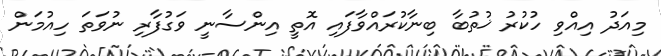
މިއަދު އިއްވި ހުކުރު ޚުތުބާ ބިނާކުރައްވާފައި އޮތީ އިންސާނީ ވަގުފާރި ނުވަތަ ހިއުމަން